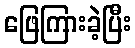
ဖြေကြားခဲ့ပြီး